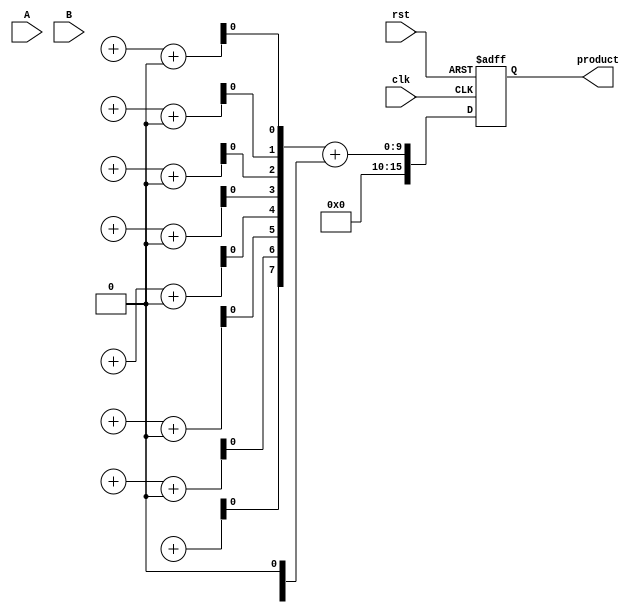
module WallaceTreeMultiplier #(parameter n = 8) (
    input [n-1:0] A,
    input [n-1:0] B,
    input clk,
    input rst,
    output reg [2*n-1:0] product
);

    // Partial product generation
    wire [n-1:0] pp [0:n-1]; // Partial products
    genvar i, j;
    generate
        for (i = 0; i < n; i = i + 1) begin : gen_partial_products
            assign pp[i] = A & {n{B[i]}}; // ANDing each bit of B with A
        end
    endgenerate

    // Wallace tree reduction
    wire [n-1:0] sum [0:n-1]; // Sums at each level
    wire [n-1:0] carry [0:n-1]; // Carries at each level
    wire [n-1:0] next_sum [0:n-1]; // Next level sums
    wire [n-1:0] next_carry [0:n-1]; // Next level carries

    // Initial stage
    assign sum[0] = pp[0];
    assign carry[0] = {1'b0, pp[1][n-1:1]}; // Include the MSB of pp[1] as carry

    // Wallace tree reduction stages
    genvar stage;
    generate
        for (stage = 0; stage < n-1; stage = stage + 1) begin : reduction_stage
            wire [n-1:0] a, b, c;
            assign a = sum[stage];
            assign b = carry[stage];
            assign c = (stage + 2 < n) ? pp[stage + 2] : 0;

            // Full adders and half adders
            for (j = 0; j < n; j = j + 1) begin : adders
                if (j < n-1) begin
                    // Full adder for three inputs
                    assign {next_carry[stage+1][j+1], next_sum[stage+1][j]} = a[j] + b[j] + c[j];
                end else begin
                    // Half adder for two inputs
                    assign {next_carry[stage+1][j], next_sum[stage+1][j]} = a[j] + b[j];
                end
            end
        end
    endgenerate

    // Final addition
    wire [2*n-1:0] final_sum;
    wire [2*n-1:0] final_carry;

    assign final_sum = {1'b0, next_sum[n-1]} + {next_carry[n-1], 1'b0};

    // Output product
    always @(posedge clk or posedge rst) begin
        if (rst) begin
            product <= 0;
        end else begin
            product <= final_sum;
        end
    end

endmodule